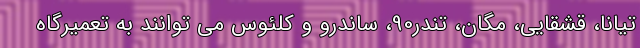
تیانا، قشقایی، مگان، تندر90، ساندرو و کلئوس می توانند به تعمیرگاه